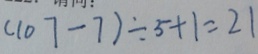
( 1 0 7 - 7 ) \div 5 + 1 = 2 1